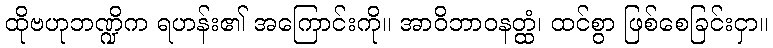
ထိုဗဟုဘဏ္ဍိက ရဟန်း၏ အကြောင်းကို။ အာဝိဘာဝနတ္ထံ၊ ထင်စွာ ဖြစ်စေခြင်းငှာ။